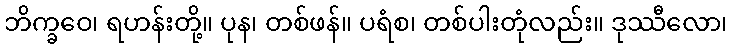
ဘိက္ခဝေ၊ ရဟန်းတို့။ ပုန၊ တစ်ဖန်။ ပရံစ၊ တစ်ပါးတုံလည်း။ ဒုဿီလော၊